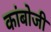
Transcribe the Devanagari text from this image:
कांबोजी